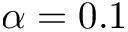
\alpha = 0 . 1